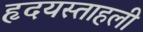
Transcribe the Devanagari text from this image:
हृदयस्ताहली